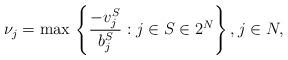
LaTeX: \begin{align*}\nu_j = \max \, \left\{\frac{- v^{S}_j}{b^S_j}: j \in S \in 2^N\right\}, j \in N,\end{align*}